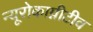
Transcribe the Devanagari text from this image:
न्यूरोकाग्नीटीव